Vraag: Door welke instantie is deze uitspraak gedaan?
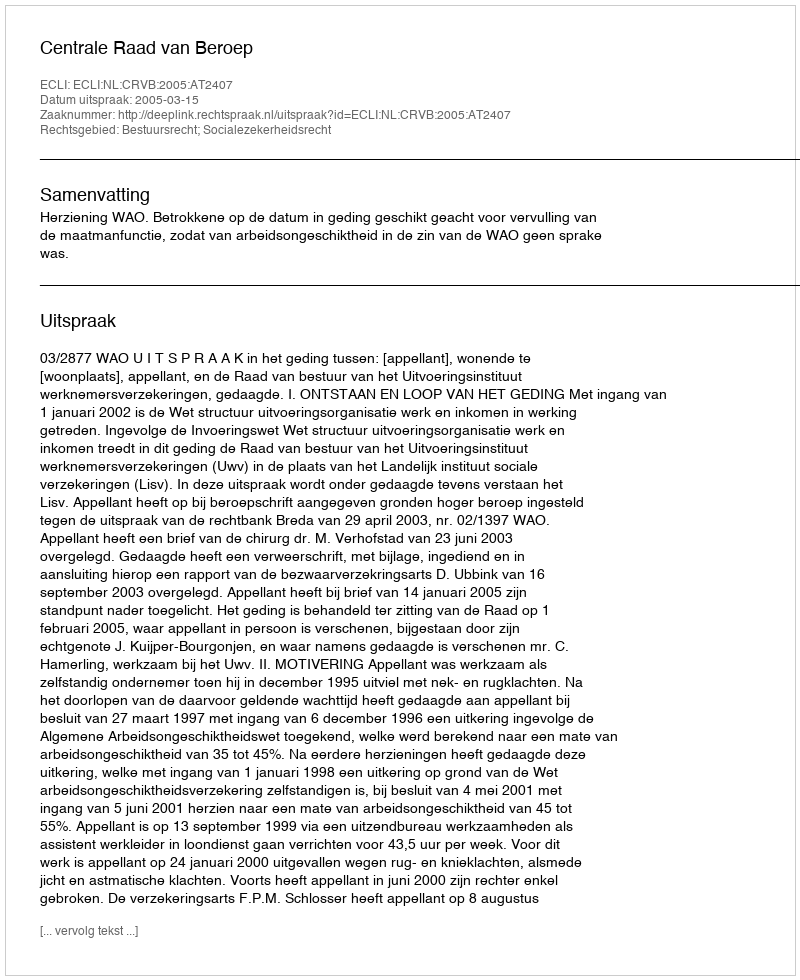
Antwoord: Centrale Raad van Beroep